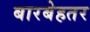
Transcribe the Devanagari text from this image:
बारबेहतर